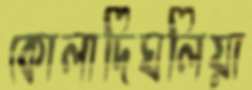
কোলাদিঘলিয়া